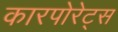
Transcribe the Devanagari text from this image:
कारपोरेट्स